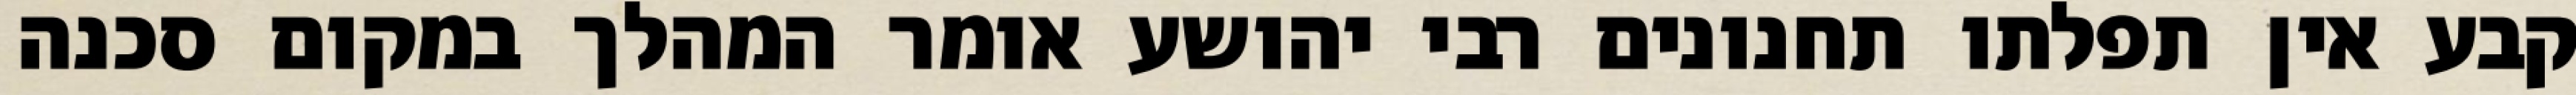
קבע אין תפלתו תחנונים רבי יהושע אומר המהלך במקום סכנה